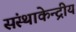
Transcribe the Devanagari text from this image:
संस्थाकेन्द्रीय